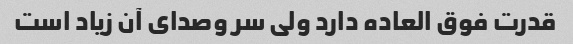
قدرت فوق العاده دارد ولی سر وصدای آن زیاد است